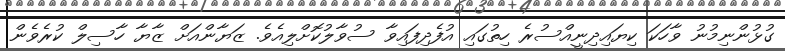
ގުޅުންނިމުނު ވާހަކަ ކިޔައިދިނީއްސުރެ ހިތުގައި އުފެދިފައިވާ ސުވާލުކޮށްލިއެވެ. ޒަޔާންއަށް ޒާޔާ ހާސިލް ކުރެވެން